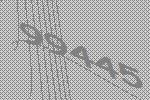
99445